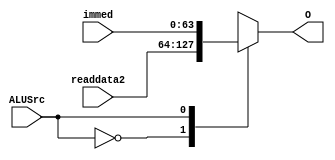
module MUX_ALUSrc(readdata2,immed,ALUSrc,O);
	input [63:0] readdata2;
	input [63:0] immed;
	input ALUSrc;
	output [63:0] O;
	
	reg [63:0] tmp;
	
	
	always @(*)
   begin
		case(ALUSrc)
			1'b0:
				tmp = readdata2;
			1'b1:
				tmp = immed;
		endcase
	end
	
	assign O = tmp;

endmodule